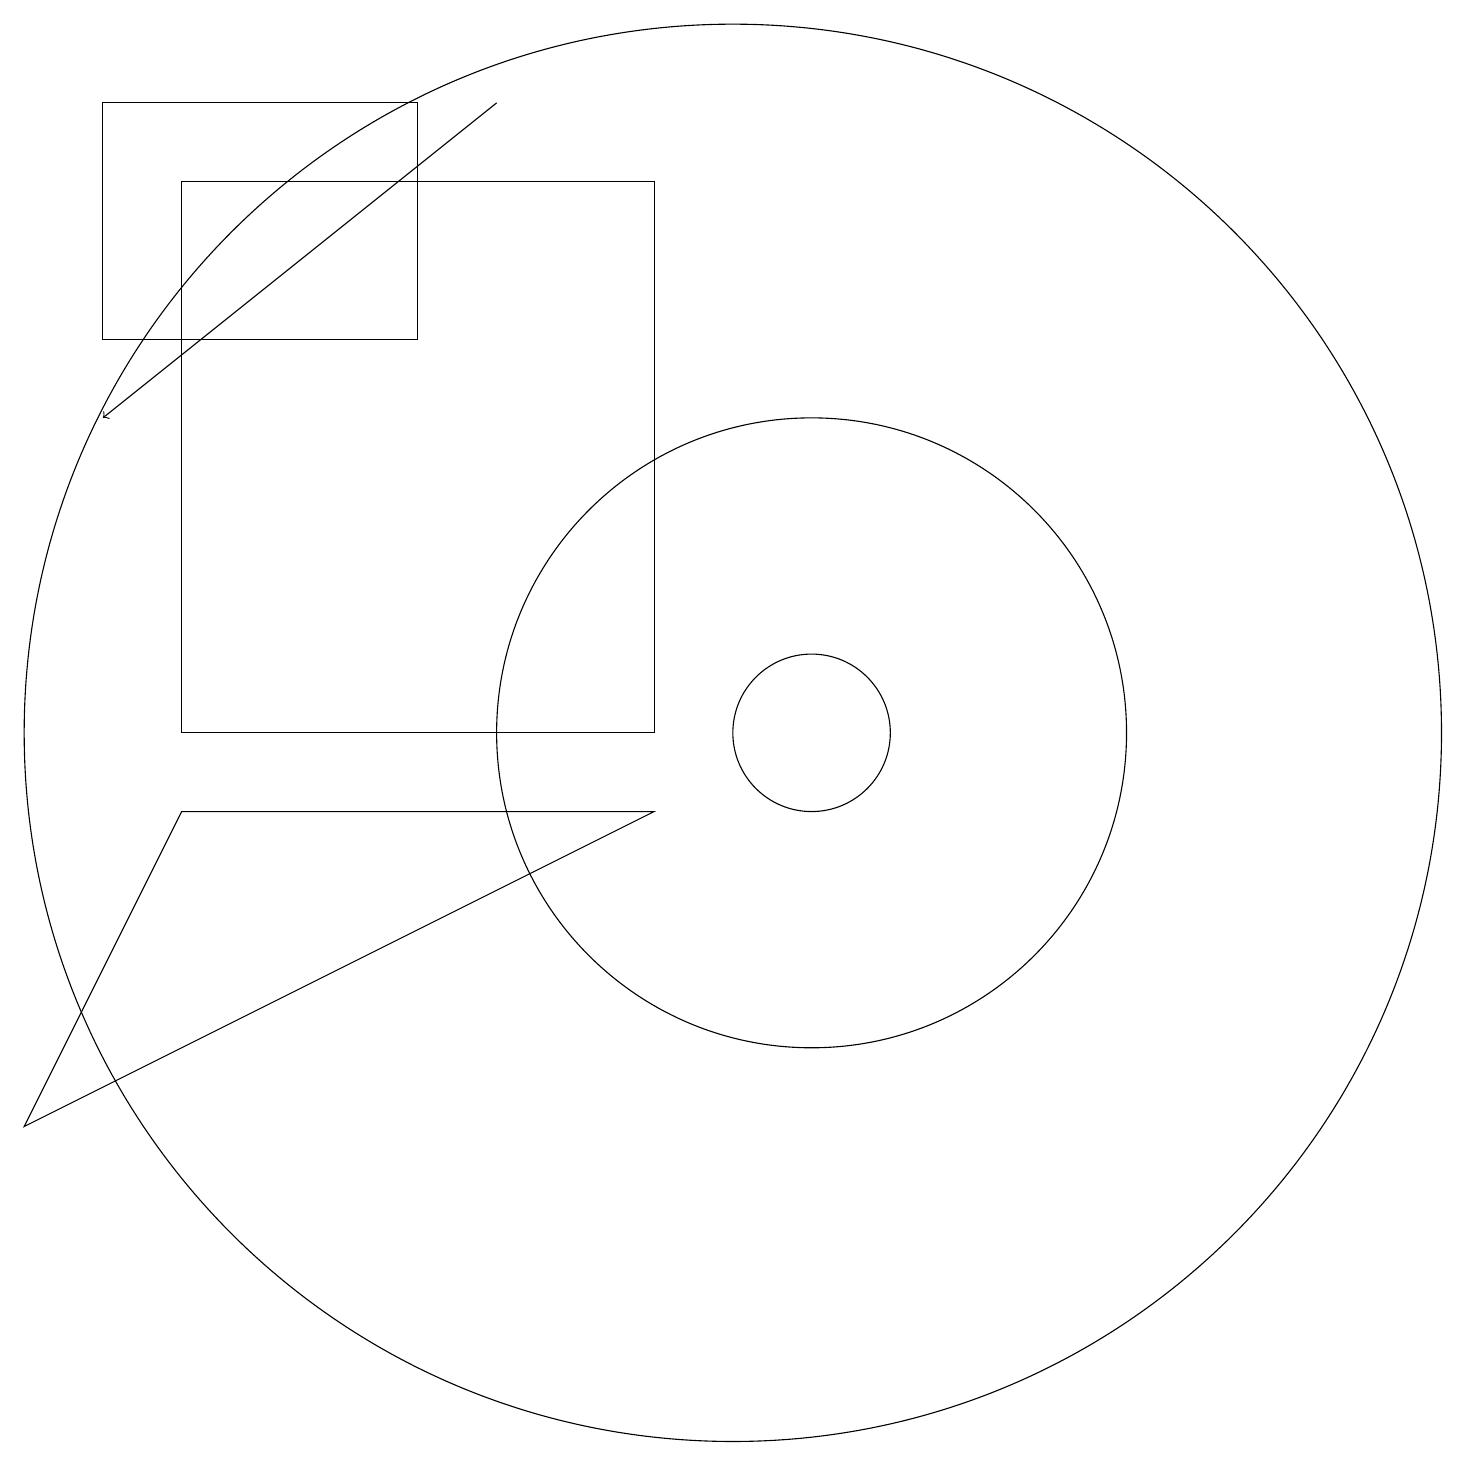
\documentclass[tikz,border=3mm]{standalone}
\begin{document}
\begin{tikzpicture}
\draw (3,9) -- (9,9) -- (1,5) -- cycle;
\draw (11,10) circle (1);
\draw (11,10) circle (4);
\draw (10,10) circle (9);
\draw (2,18) rectangle (6,15);
\draw[->] (7,18) -- (2,14);
\draw (9,17) rectangle (3,10);
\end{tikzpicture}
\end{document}